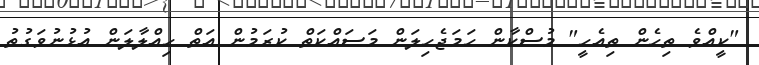
"ކީއްވެ ތިހެން ތިއެހީ" މުސްކާން ހަމަޖެހިލަން މަސައްކަތް ކުރަމުން އަތް ހިއްލާލަން އުޅުނުވަގުތު